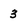
Character: 3